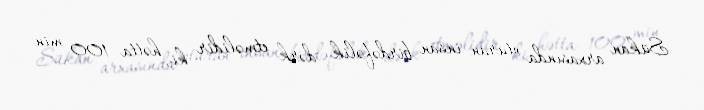
Sükan arxasında oturan insan birdəfəlik dərk etməlidir ki, hətta 100 min